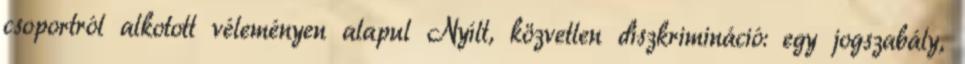
csoportról alkotott véleményen alapul Nyílt, közvetlen diszkrimináció: egy jogszabály,